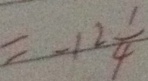
= - 1 2 \frac { 1 } { 4 }